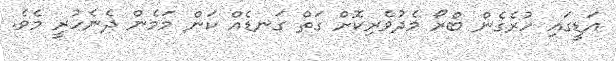
އަޑީގައި ހުރެގެން ބްރޯ މެދުވެރިކޮށް ގަތް ގަނޑެއް ކަން މަމެން ދެނެހުރީ މެވެ.